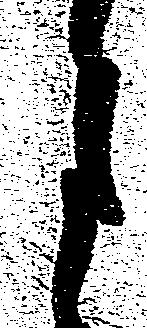
月